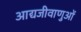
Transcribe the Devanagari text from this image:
आद्यजीवाणुओं